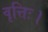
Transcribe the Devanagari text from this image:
वृत्तिः।